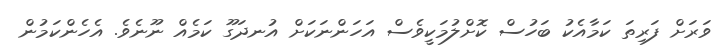
ވަރަށް ފަރިތަ ކަމާއެކު ބަހުސް ކޮށްލުމަކީވެސް އަހަންނަކަށް އުނދަގޫ ކަމެއް ނޫނެވެ. އެހެންކަމުން